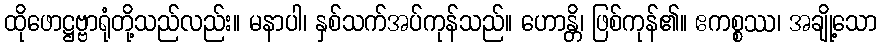
ထိုဖောဋ္ဌဗ္ဗာရုံတို့သည်လည်း။ မနာပါ၊ နှစ်သက်အပ်ကုန်သည်။ ဟောန္တိ၊ ဖြစ်ကုန်၏။ ဧကစ္စဿ၊ အချို့သော